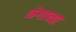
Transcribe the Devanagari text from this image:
भेगाच्या